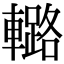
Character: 𨎲